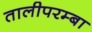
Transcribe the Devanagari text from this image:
तालीपरम्बा